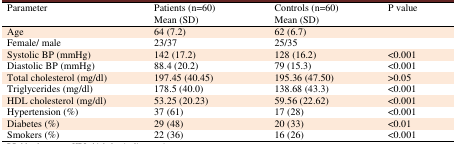
<table><thead><tr><td><b>Parameter</b></td><td><b>Patients (n=60)Mean (SD)</b></td><td><b>Controls (n=60)Mean (SD)</b></td><td><b>P value</b></td></tr></thead><tbody><tr><td>Age</td><td>64 (7.2)</td><td>62 (6.7)</td><td></td></tr><tr><td>Female/ male</td><td>23/37</td><td>25/35</td><td></td></tr><tr><td>Systolic BP (mmHg)</td><td>142 (17.2)</td><td>128 (16.2)</td><td>&lt;0.001</td></tr><tr><td>Diastolic BP (mmHg)</td><td>88.4 (20.2)</td><td>79 (15.3)</td><td>&lt;0.001</td></tr><tr><td>Total cholesterol (mg/dl)</td><td>197.45 (40.45)</td><td>195.36 (47.50)</td><td>&gt;0.05</td></tr><tr><td>Triglycerides (mg/dl)</td><td>178.5 (40.0)</td><td>138.68 (43.3)</td><td>&lt;0.001</td></tr><tr><td>HDL cholesterol (mg/dl)</td><td>53.25 (20.23)</td><td>59.56 (22.62)</td><td>&lt;0.001</td></tr><tr><td>Hypertension (%)</td><td>37 (61)</td><td>17 (28)</td><td>&lt;0.001</td></tr><tr><td>Diabetes (%)</td><td>29 (48)</td><td>20 (33)</td><td>&lt;0.01</td></tr><tr><td>Smokers (%)</td><td>22 (36)</td><td>16 (26)</td><td>&lt;0.001</td></tr></tbody></table>